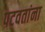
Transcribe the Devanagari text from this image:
पटवतांना